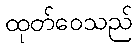
ထုတ်ဝေသည်